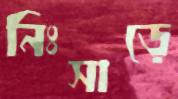
নিঃসাড়ে